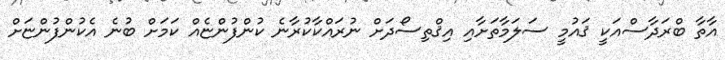
އާތާ ބްރަދާސްއަކީ ޤައުމީ ސަލަމާތަށާއި އިޤްތިސޯދަށް ނުރައްކާކުރާނެ ކުންފުންޏެއް ކަމަށް ބުނެ އެކުންފުންޏަށް